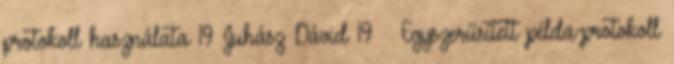
protokoll használata 19 Juhász Dávid 19 Egyszerűsített példa-protokoll